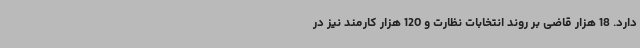
دارد. 18 هزار قاضی بر روند انتخابات نظارت و 120 هزار کارمند نیز در